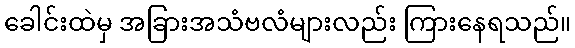
ခေါင်းထဲမှ အခြားအသံဗလံများလည်း ကြားနေရသည်။